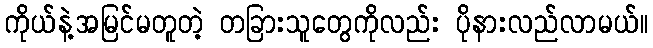
ကိုယ်နဲ့အမြင်မတူတဲ့ တခြားသူတွေကိုလည်း ပိုနားလည်လာမယ်။